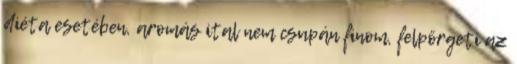
diéta esetében, aromás ital nem csupán finom, felpörgeti az